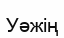
Уәжің